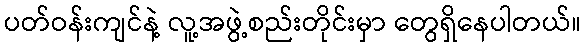
ပတ်ဝန်းကျင်နဲ့ လူ့အဖွဲ့စည်းတိုင်းမှာ တွေရှိနေပါတယ်။